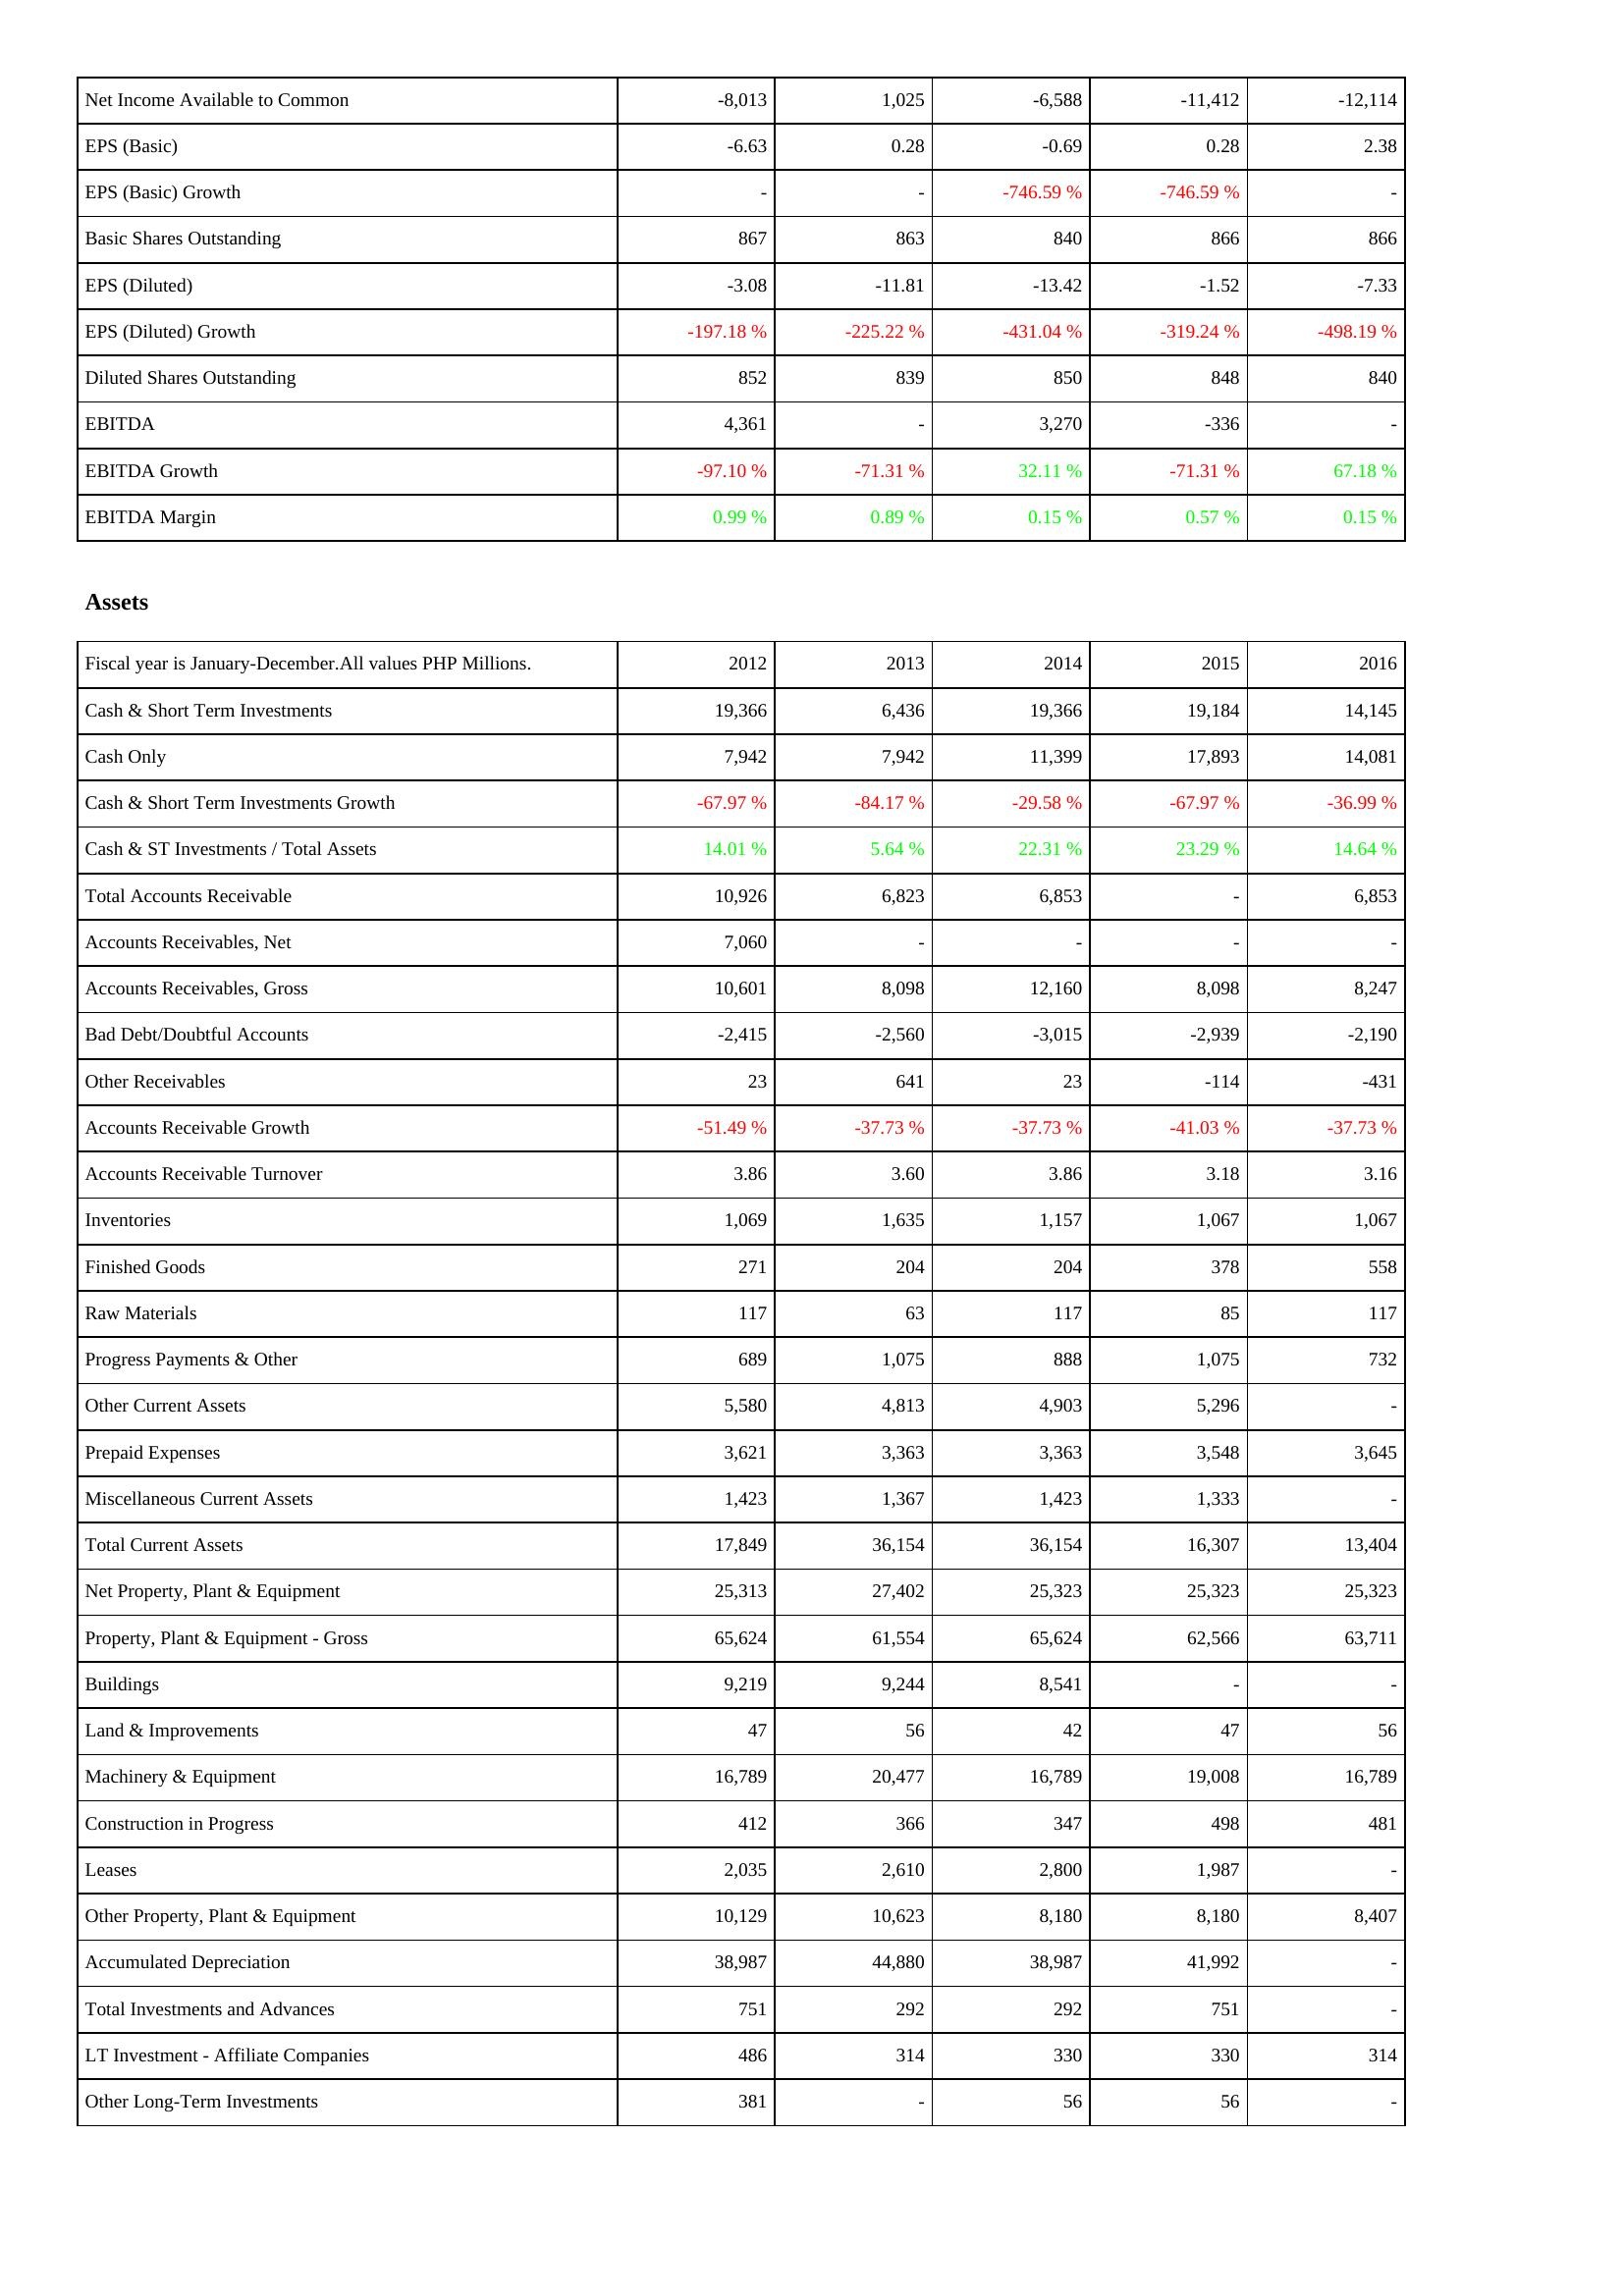
2012: Income Statement: Net Income Available to Common: -8,013
EPS (Basic): -6.63
EPS (Basic) Growth: -
Basic Shares Outstanding: 867
EPS (Diluted): -3.08
EPS (Diluted) Growth: -197.18 %
Diluted Shares Outstanding: 852
EBITDA: 4,361
EBITDA Growth: -97.10 %
EBITDA Margin: 0.99 %
Assets: Cash & Short Term Investments: 19,366
Cash Only: 7,942
Cash & Short Term Investments Growth: -67.97 %
Cash & ST Investments / Total Assets: 14.01 %
Total Accounts Receivable: 10,926
Accounts Receivables, Net: 7,060
Accounts Receivables, Gross: 10,601
Bad Debt/Doubtful Accounts: -2,415
Other Receivables: 23
Accounts Receivable Growth: -51.49 %
Accounts Receivable Turnover: 3.86
Inventories: 1,069
Finished Goods: 271
Raw Materials: 117
Progress Payments & Other: 689
Other Current Assets: 5,580
Prepaid Expenses: 3,621
Miscellaneous Current Assets: 1,423
Total Current Assets: 17,849
Net Property, Plant & Equipment: 25,313
Property, Plant & Equipment - Gross: 65,624
Buildings: 9,219
Land & Improvements: 47
Machinery & Equipment: 16,789
Construction in Progress: 412
Leases: 2,035
Other Property, Plant & Equipment: 10,129
Accumulated Depreciation: 38,987
Total Investments and Advances: 751
LT Investment - Affiliate Companies: 486
Other Long-Term Investments: 381
2013: Income Statement: Net Income Available to Common: 1,025
EPS (Basic): 0.28
EPS (Basic) Growth: -
Basic Shares Outstanding: 863
EPS (Diluted): -11.81
EPS (Diluted) Growth: -225.22 %
Diluted Shares Outstanding: 839
EBITDA: -
EBITDA Growth: -71.31 %
EBITDA Margin: 0.89 %
Assets: Cash & Short Term Investments: 6,436
Cash Only: 7,942
Cash & Short Term Investments Growth: -84.17 %
Cash & ST Investments / Total Assets: 5.64 %
Total Accounts Receivable: 6,823
Accounts Receivables, Net: -
Accounts Receivables, Gross: 8,098
Bad Debt/Doubtful Accounts: -2,560
Other Receivables: 641
Accounts Receivable Growth: -37.73 %
Accounts Receivable Turnover: 3.60
Inventories: 1,635
Finished Goods: 204
Raw Materials: 63
Progress Payments & Other: 1,075
Other Current Assets: 4,813
Prepaid Expenses: 3,363
Miscellaneous Current Assets: 1,367
Total Current Assets: 36,154
Net Property, Plant & Equipment: 27,402
Property, Plant & Equipment - Gross: 61,554
Buildings: 9,244
Land & Improvements: 56
Machinery & Equipment: 20,477
Construction in Progress: 366
Leases: 2,610
Other Property, Plant & Equipment: 10,623
Accumulated Depreciation: 44,880
Total Investments and Advances: 292
LT Investment - Affiliate Companies: 314
Other Long-Term Investments: -
2014: Income Statement: Net Income Available to Common: -6,588
EPS (Basic): -0.69
EPS (Basic) Growth: -746.59 %
Basic Shares Outstanding: 840
EPS (Diluted): -13.42
EPS (Diluted) Growth: -431.04 %
Diluted Shares Outstanding: 850
EBITDA: 3,270
EBITDA Growth: 32.11 %
EBITDA Margin: 0.15 %
Assets: Cash & Short Term Investments: 19,366
Cash Only: 11,399
Cash & Short Term Investments Growth: -29.58 %
Cash & ST Investments / Total Assets: 22.31 %
Total Accounts Receivable: 6,853
Accounts Receivables, Net: -
Accounts Receivables, Gross: 12,160
Bad Debt/Doubtful Accounts: -3,015
Other Receivables: 23
Accounts Receivable Growth: -37.73 %
Accounts Receivable Turnover: 3.86
Inventories: 1,157
Finished Goods: 204
Raw Materials: 117
Progress Payments & Other: 888
Other Current Assets: 4,903
Prepaid Expenses: 3,363
Miscellaneous Current Assets: 1,423
Total Current Assets: 36,154
Net Property, Plant & Equipment: 25,323
Property, Plant & Equipment - Gross: 65,624
Buildings: 8,541
Land & Improvements: 42
Machinery & Equipment: 16,789
Construction in Progress: 347
Leases: 2,800
Other Property, Plant & Equipment: 8,180
Accumulated Depreciation: 38,987
Total Investments and Advances: 292
LT Investment - Affiliate Companies: 330
Other Long-Term Investments: 56
2015: Income Statement: Net Income Available to Common: -11,412
EPS (Basic): 0.28
EPS (Basic) Growth: -746.59 %
Basic Shares Outstanding: 866
EPS (Diluted): -1.52
EPS (Diluted) Growth: -319.24 %
Diluted Shares Outstanding: 848
EBITDA: -336
EBITDA Growth: -71.31 %
EBITDA Margin: 0.57 %
Assets: Cash & Short Term Investments: 19,184
Cash Only: 17,893
Cash & Short Term Investments Growth: -67.97 %
Cash & ST Investments / Total Assets: 23.29 %
Total Accounts Receivable: -
Accounts Receivables, Net: -
Accounts Receivables, Gross: 8,098
Bad Debt/Doubtful Accounts: -2,939
Other Receivables: -114
Accounts Receivable Growth: -41.03 %
Accounts Receivable Turnover: 3.18
Inventories: 1,067
Finished Goods: 378
Raw Materials: 85
Progress Payments & Other: 1,075
Other Current Assets: 5,296
Prepaid Expenses: 3,548
Miscellaneous Current Assets: 1,333
Total Current Assets: 16,307
Net Property, Plant & Equipment: 25,323
Property, Plant & Equipment - Gross: 62,566
Buildings: -
Land & Improvements: 47
Machinery & Equipment: 19,008
Construction in Progress: 498
Leases: 1,987
Other Property, Plant & Equipment: 8,180
Accumulated Depreciation: 41,992
Total Investments and Advances: 751
LT Investment - Affiliate Companies: 330
Other Long-Term Investments: 56
2016: Income Statement: Net Income Available to Common: -12,114
EPS (Basic): 2.38
EPS (Basic) Growth: -
Basic Shares Outstanding: 866
EPS (Diluted): -7.33
EPS (Diluted) Growth: -498.19 %
Diluted Shares Outstanding: 840
EBITDA: -
EBITDA Growth: 67.18 %
EBITDA Margin: 0.15 %
Assets: Cash & Short Term Investments: 14,145
Cash Only: 14,081
Cash & Short Term Investments Growth: -36.99 %
Cash & ST Investments / Total Assets: 14.64 %
Total Accounts Receivable: 6,853
Accounts Receivables, Net: -
Accounts Receivables, Gross: 8,247
Bad Debt/Doubtful Accounts: -2,190
Other Receivables: -431
Accounts Receivable Growth: -37.73 %
Accounts Receivable Turnover: 3.16
Inventories: 1,067
Finished Goods: 558
Raw Materials: 117
Progress Payments & Other: 732
Other Current Assets: -
Prepaid Expenses: 3,645
Miscellaneous Current Assets: -
Total Current Assets: 13,404
Net Property, Plant & Equipment: 25,323
Property, Plant & Equipment - Gross: 63,711
Buildings: -
Land & Improvements: 56
Machinery & Equipment: 16,789
Construction in Progress: 481
Leases: -
Other Property, Plant & Equipment: 8,407
Accumulated Depreciation: -
Total Investments and Advances: -
LT Investment - Affiliate Companies: 314
Other Long-Term Investments: -